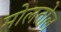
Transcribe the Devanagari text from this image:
मोलतोल